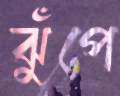
ঝুঁপে